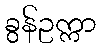
ခွန်ဥက္ကာ